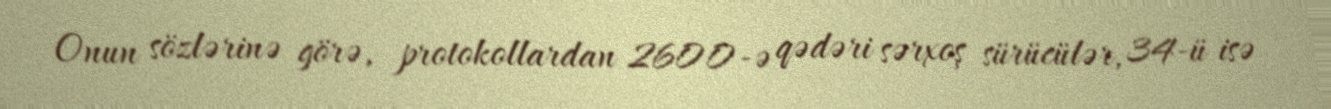
Onun sözlərinə görə, protokollardan 2600-ə qədəri sərxoş sürücülər, 34-ü isə